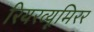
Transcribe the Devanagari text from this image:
रियरव्यूमिरर